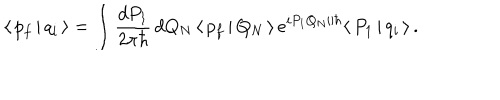
\langle \, p _ { f } \, | \, q _ { i } \, \rangle = \int \frac { d P _ { 1 } } { 2 \pi \hbar } \, d Q _ { N } \, \langle \, p _ { f } \, | \, Q _ { N } \, \rangle \, e ^ { i P _ { 1 } Q _ { N } / \hbar } \langle \, P _ { 1 } \, | \, q _ { i } \, \rangle \, .